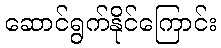
ဆောင်ရွက်နိုင်ကြောင်း